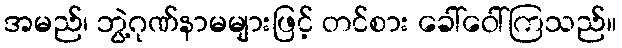
အမည်၊ ဘွဲ့ဂုဏ်နာမများဖြင့် တင်စား ခေါ်ဝေါ်ကြသည်။